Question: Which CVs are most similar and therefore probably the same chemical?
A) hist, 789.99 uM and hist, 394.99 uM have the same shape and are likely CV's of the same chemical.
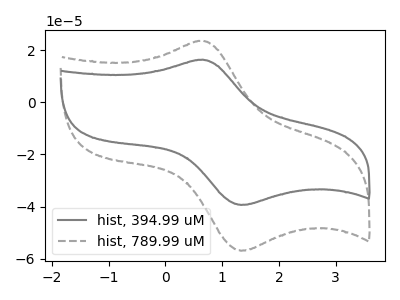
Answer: <think>The gray curve "hist, 394.99 uM" has an anodic peak at (0.65V, 16.30uA) and a cathodic peak at (1.35V, -39.35uA). The gray dashed curve "hist, 789.99 uM" has an anodic peak at (0.65V, 23.55uA) and a cathodic peak at (1.35V, -56.90uA).
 All the peaks in "hist, 394.99 uM" have a peak in "hist, 789.99 uM" at the same potential. Every peak in "hist, 394.99 uM" is lower than every peak in "hist, 789.99 uM".</think>
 <answer>A) "hist, 789.99 uM" and "hist, 394.99 uM" have the same shape and are likely CV's of the same chemical.</answer>
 <eval>A</eval>